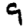
Digit: 9